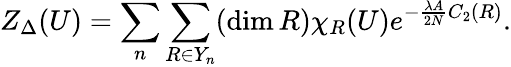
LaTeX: Z_{\Delta}(U)=\sum_{n}\sum_{R\in Y_{n}}(\dim R)\chi_{R}(U)e^{-\frac{\lambda A}{2N}C_{2}(R)}.